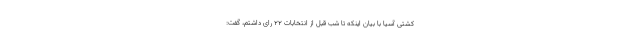
کشتی آسیا با بیان اینکه تا شب قبل از انتخابات ۲۲ رای داشتم، گفت: